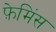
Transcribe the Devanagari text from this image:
फ़ेमिंस